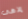
إلاهى